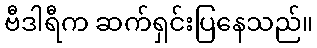
ဗီဒါရီက ဆက်ရှင်းပြနေသည်။